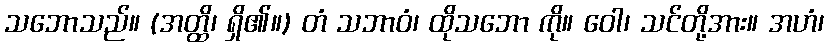
သဘောသည်။ (အတ္ထိ၊ ရှိ၏။) တံ သဘာဝံ၊ ထိုသဘော ကို။ ဝေါ၊ သင်တို့အား။ အဟံ၊